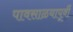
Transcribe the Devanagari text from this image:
पावसाळयापूर्वी